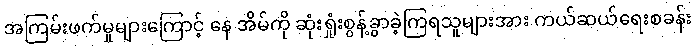
အကြမ်းဖက်မှုများကြောင့် နေ အိမ်ကို ဆုံးရှုံးစွန့်ခွာခဲ့ကြရသူများအား ကယ်ဆယ်ရေးစခန်း